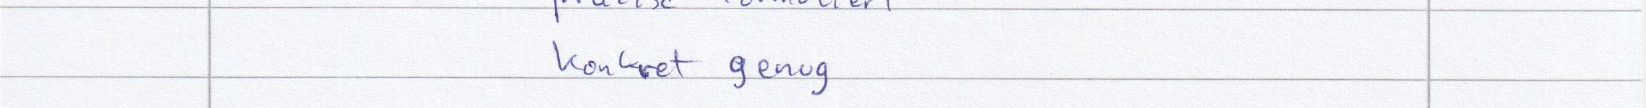
konkret genug